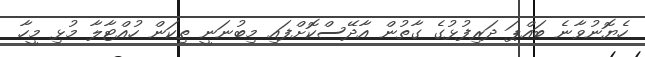
ހެޔޮނުވާނެ ބައްޕަ ދަރިފުޅުގެ ގާތުން އާދޭސްކޮށްފައި މިބުނަނީ ތިކަން ހުއްޓާލާ މުޅި މީހާ